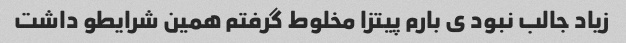
زیاد جالب نبود ی بارم پیتزا مخلوط گرفتم همین شرایطو داشت